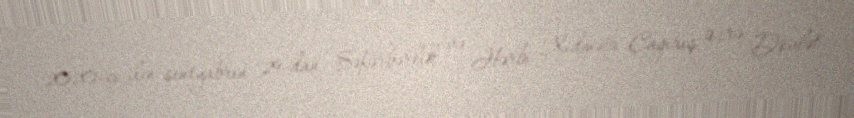
2020-ci ilin sentyabrın 29-dan Səfərbərlik və Hərbi Xidmətə Çağırış üzrə Dövlət